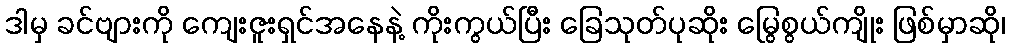
ဒါမှ ခင်ဗျားကို ကျေးဇူးရှင်အနေနဲ့ ကိုးကွယ်ပြီး ခြေသုတ်ပုဆိုး မြွေစွယ်ကျိုး ဖြစ်မှာဆို၊